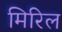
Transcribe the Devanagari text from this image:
मिरिल